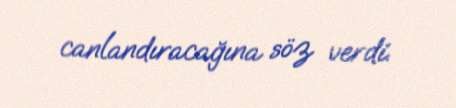
canlandıracağına söz verdi.